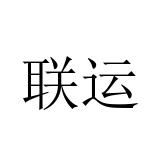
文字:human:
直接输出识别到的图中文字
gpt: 联运